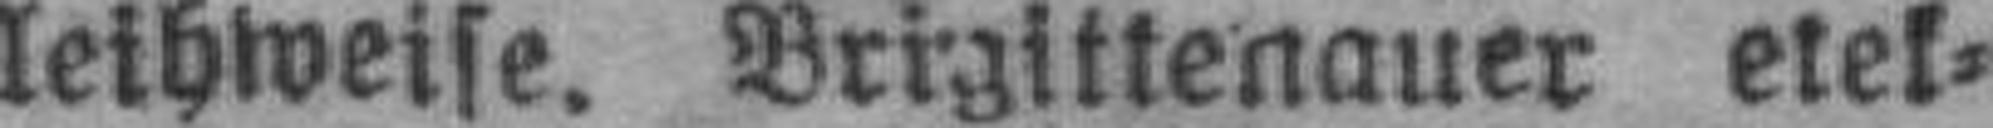
leihweise. Brigittenauer elek¬